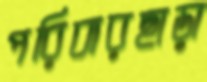
পরিবারছাড়া